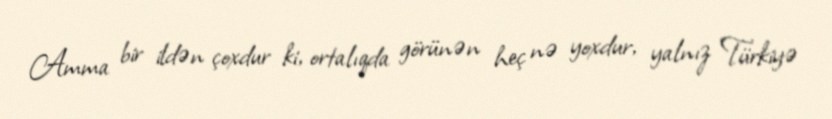
Amma bir ildən çoxdur ki, ortalıqda görünən heç nə yoxdur, yalnız Türkiyə